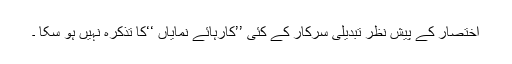
اختصار کے پیش نظر تبدیلی سرکار کے کئی ’’کارہائے نمایاں ‘‘کا تذکرہ نہیں ہو سکا ۔